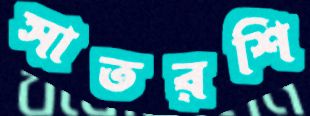
সাতরশি